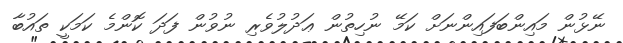
ނޭޅުން މައިންބަފައިންނަށް ކަމޭ ނުހިތުން ޢަދުލުވެރި ނުވުން ފަދަ ކޮންމެ ކަމަކީ ތައުބާ